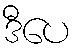
ဒီပေ